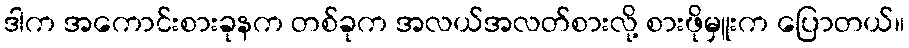
ဒါက အကောင်းစားခုနက တစ်ခုက အလယ်အလတ်စားလို့ စားဖိုမှူးက ပြောတယ်။